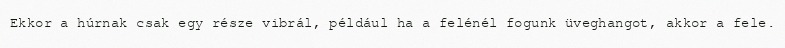
Ekkor a húrnak csak egy része vibrál, például ha a felénél fogunk üveghangot, akkor a fele.